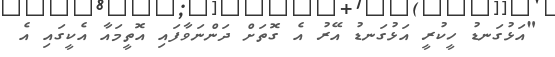
"އަޅުގަނޑު ހީކުރީ އަޅުގަނޑު އޭރު އެ ގޮތަށް ދަންނަވާފައި އޮތީމައާ އެކީގައި އެ